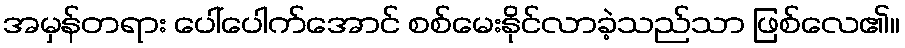
အမှန်တရား ပေါ်ပေါက်အောင် စစ်မေးနိုင်လာခဲ့သည်သာ ဖြစ်လေ၏။